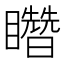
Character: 𥌳